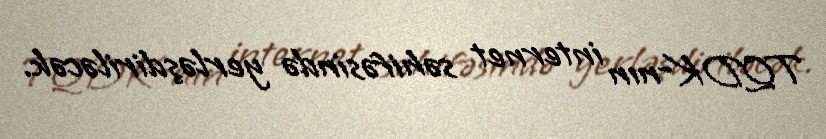
TQDK-nın internet səhifəsində yerləşdiriləcək.